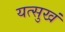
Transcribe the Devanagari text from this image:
यत्सुखं